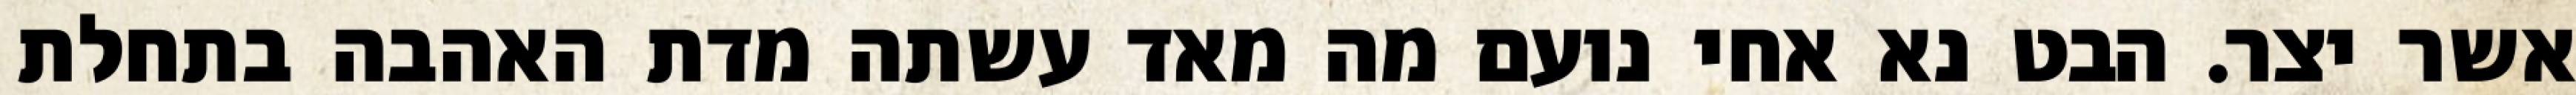
אשר יצר. הבט נא אחי נועם מה מאד עשתה מדת האהבה בתחלת